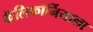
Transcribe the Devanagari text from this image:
कॅलिफोर्नियाला